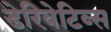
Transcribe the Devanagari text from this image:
डेरिवेटिव्स